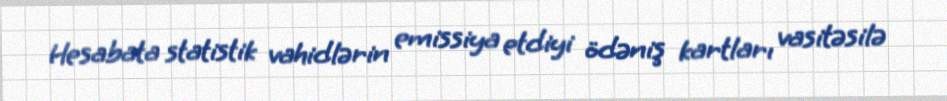
Hesabata statistik vahidlərin emissiya etdiyi ödəniş kartları vasitəsilə